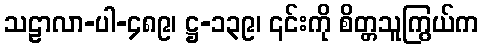
သဠာလာ-ပါ-၄၈၉၊ ဋ္ဌ-၁၃၉၊ ၎င်းကို စိတ္တသူကြွယ်က